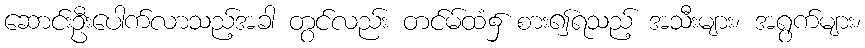
ဆောင်းဦးပေါက်လာသည့်အခါ တွင်လည်း တင်မ်ထံ၌ စား၍ရသည့် အသီးများ၊ အရွက်များ၊